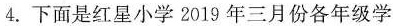
4.下面是红星小学2019年三月份各年级学